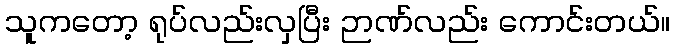
သူကတော့ ရုပ်လည်းလှပြီး ဉာဏ်လည်း ကောင်းတယ်။